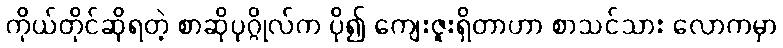
ကိုယ်တိုင်ဆိုရတဲ့ စာဆိုပုဂ္ဂိုလ်က ပို၍ ကျေးဇူးရှိတာဟာ စာသင်သား လောကမှာ